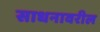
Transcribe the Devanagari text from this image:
साधनावरील